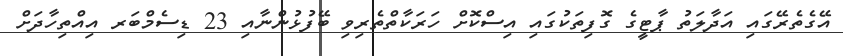
އޭގެތެރޭގައި އަދާލަތު ޕާޓީގެ ގޮފިތަކުގައި އިސްކޮށް ހަރަކާތްތެރިވި ބޭފުޅުންނާއި 23 ޑިސެމްބަރ އިއްތިހާދަށް